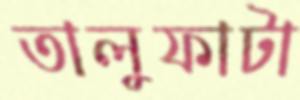
তালুফাটা